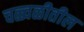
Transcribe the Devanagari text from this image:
चळ्वळीतील